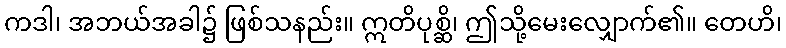
ကဒါ၊ အဘယ်အခါ၌ ဖြစ်သနည်း။ ဣတိပုစ္ဆိ၊ ဤသို့မေးလျှောက်၏။ တေဟိ၊